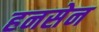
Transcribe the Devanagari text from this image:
हनसेन